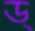
ড্